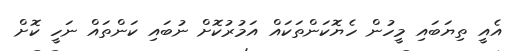
އެއީ ތިޔަބައި މީހުން ހެޔޮކަންތަކައް އަމުރުކޮށް ނުބައި ކަންތައް ނަހީ ކޮށް